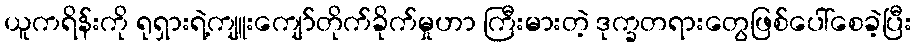
ယူကရိန်းကို ရုရှားရဲ့ကျူးကျော်တိုက်ခိုက်မှုဟာ ကြီးမားတဲ့ ဒုက္ခတရားတွေဖြစ်ပေါ်စေခဲ့ပြီး